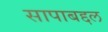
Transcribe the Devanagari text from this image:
सापाबद्दल